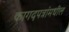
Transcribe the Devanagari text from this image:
कागदपत्रांमधील